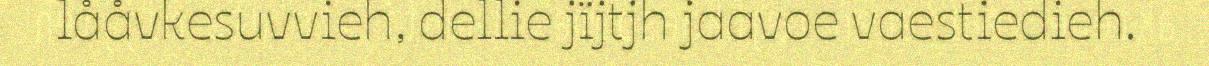
lååvkesuvvieh, dellie jïjtjh jaavoe vaestiedieh.